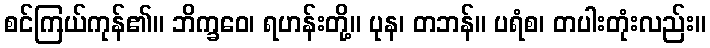
စင်ကြယ်ကုန်၏။ ဘိက္ခဝေ၊ ရဟန်းတို့။ ပုန၊ တဘန်။ ပရံစ၊ တပါးတုံးလည်း။